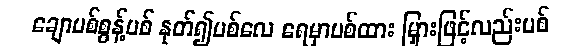
ချောပစ်စွန့်ပစ် နုတ်၍ပစ်လေ ရေမှာပစ်ထား မြှားဖြင့်လည်းပစ်